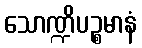
သောဏ္ဍိပဉ္စမာနံ